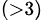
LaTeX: ^{(>3)}